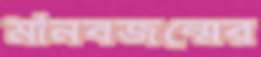
মানবজন্মের